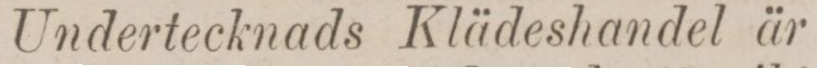
Undertecknads Klädeshandel är